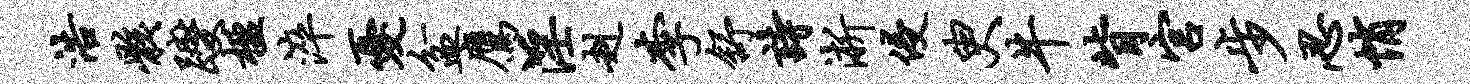
浩骸躞楹淬忧盆鹰淫赳李舒诗淅侵臾牛背宫步忍悄